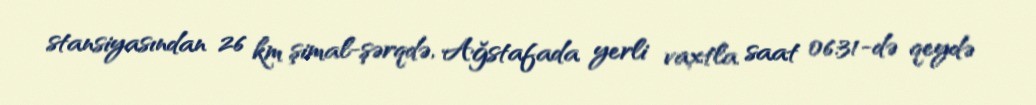
stansiyasından 26 km şimal-şərqdə, Ağstafada yerli vaxtla saat 06:31-də qeydə